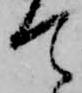
て